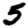
Digit: 5